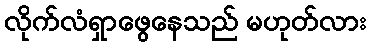
လိုက်လံရှာဖွေနေသည် မဟုတ်လား